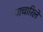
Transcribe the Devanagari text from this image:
पाचारिले